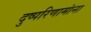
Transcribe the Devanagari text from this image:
दुष्परिणामांना